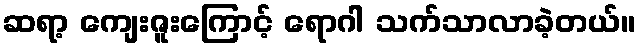
ဆရာ့ ကျေးဇူးကြောင့် ရောဂါ သက်သာလာခဲ့တယ်။